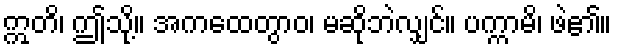
ဣတိ၊ ဤသို့။ အကထေတွာဝ၊ မဆိုဘဲလျှင်။ ပက္ကာမိ၊ ဖဲ၏။